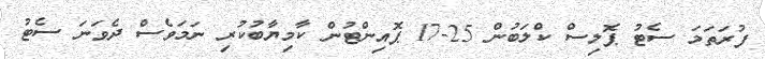
ފުރަތަމަ ސެޓު ޕޮލިސް ކްލަބުން 25-17 ޕޮއިންޓުން ކާމިޔާބުކުރި ނަމަވެސް ދެވަނަ ސެޓު